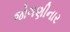
જોગણીનાર